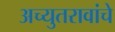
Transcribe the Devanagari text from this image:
अच्युतरावांचे